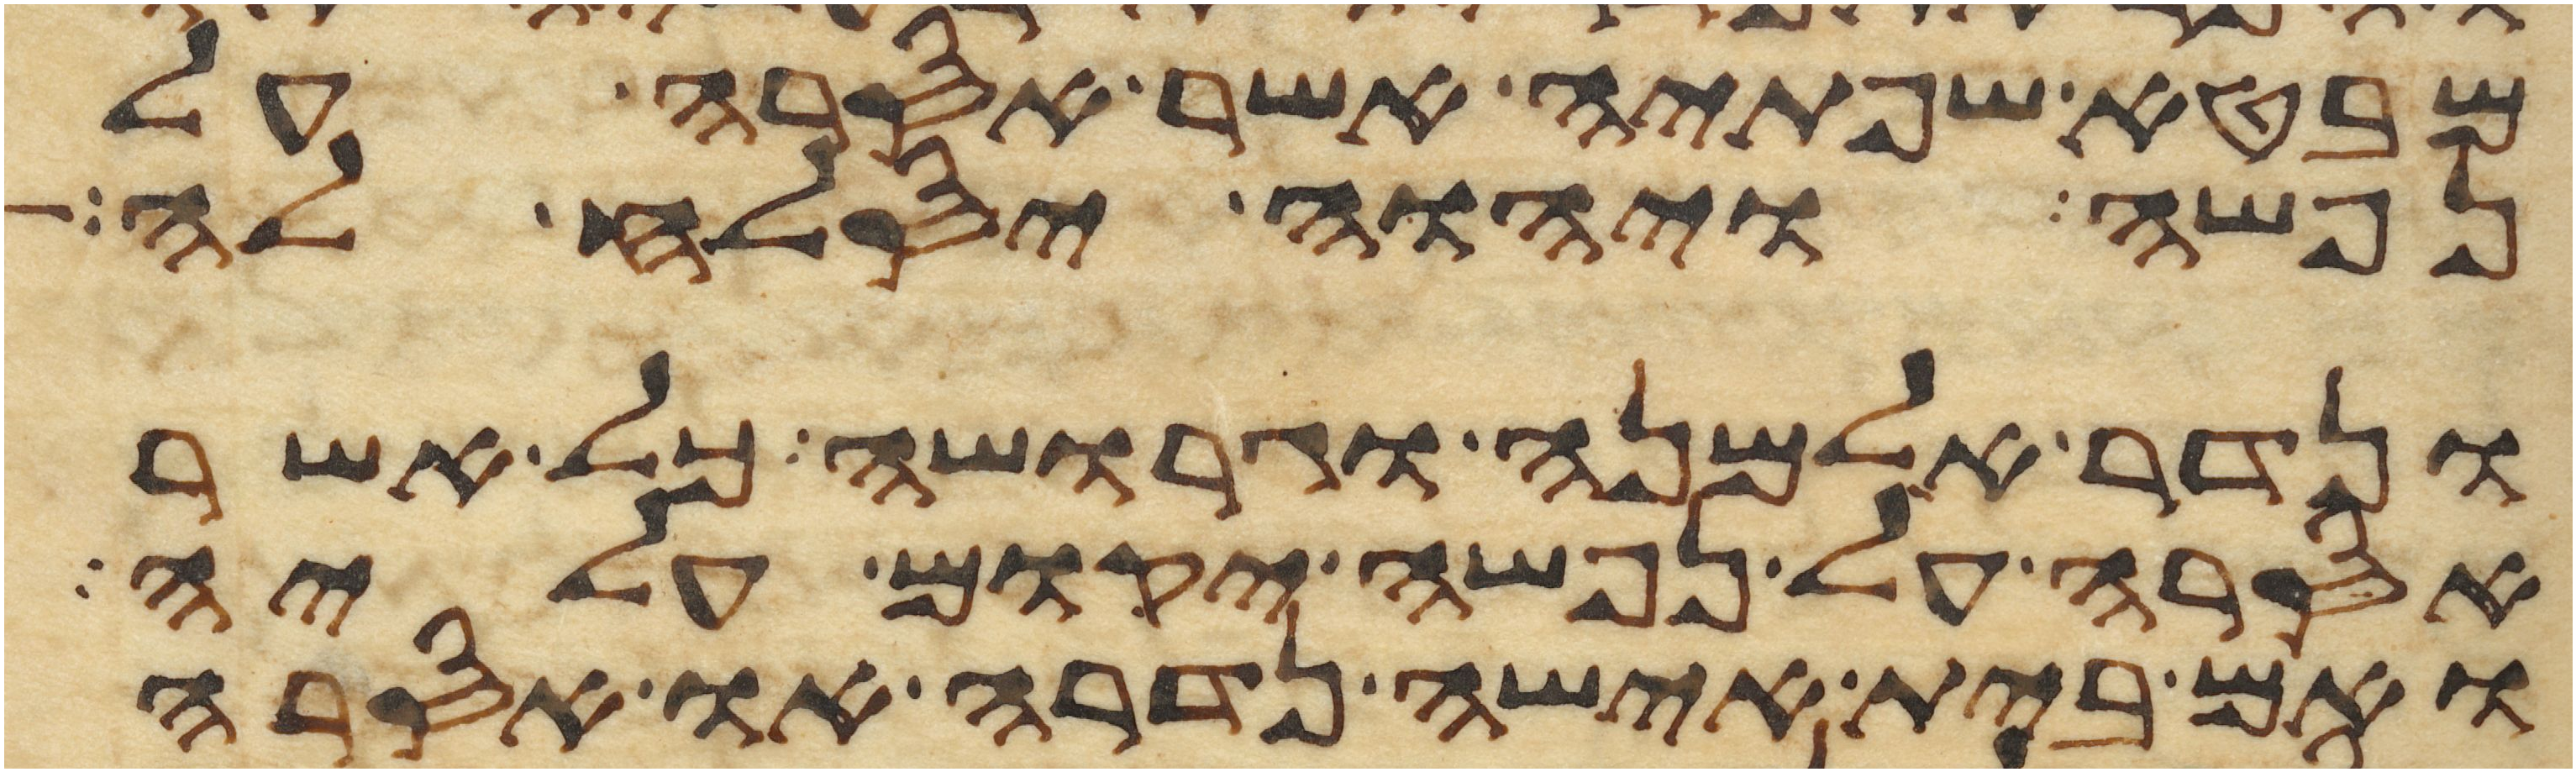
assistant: מבטא שפתיה אשר אסרה על
נפשה ויהוה יסלח לה
ונדר אלמנה וגרושה כל אשר
אסרה על נפשה יקום עליה
ואם בית אישה נדרה או אסרה